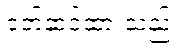
ဝတ်ဆင်ထားသည်